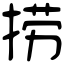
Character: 捞